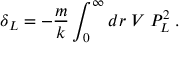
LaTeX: \delta _ { L } = - \frac { m } { k } \int _ { 0 } ^ { \infty } d r \; V \; P _ { L } ^ { 2 } \; .